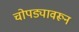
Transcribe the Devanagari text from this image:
चोपड्यावरून